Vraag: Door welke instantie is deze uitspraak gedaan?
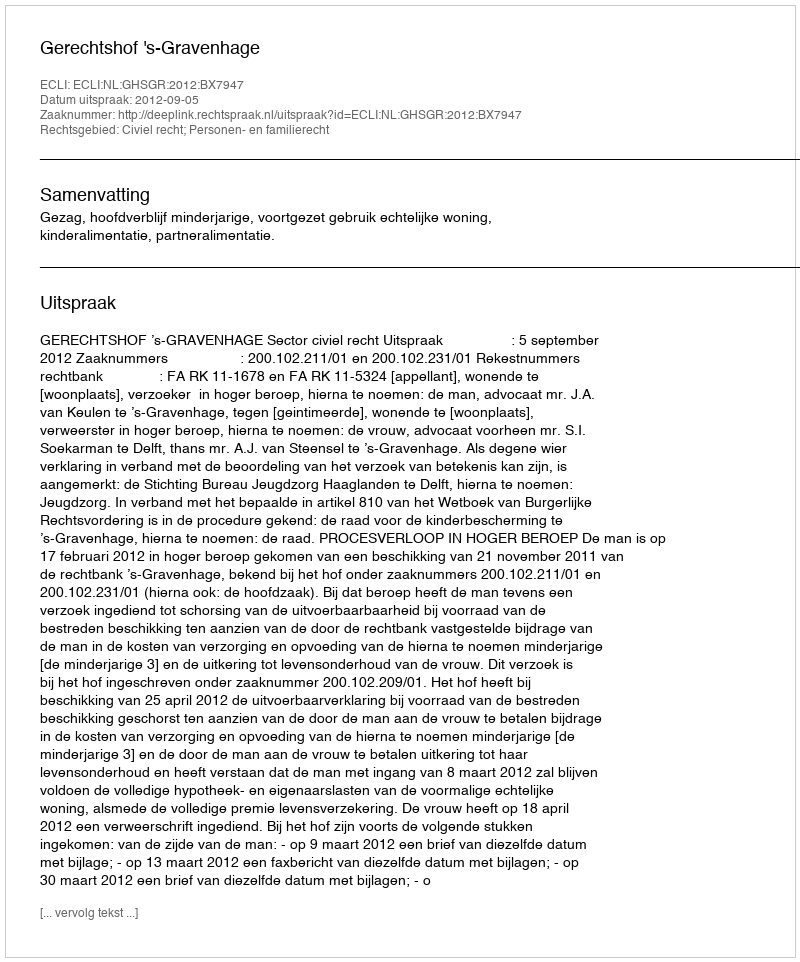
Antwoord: Gerechtshof 's-Gravenhage